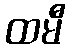
ထမီ